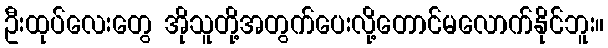
ဦးထုပ်လေးတွေ အိုသူတို့အတွက်ပေးလို့တောင်မလောက်နိုင်ဘူး။